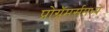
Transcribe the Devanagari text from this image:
प्रोग्रॅमर्समध्ये